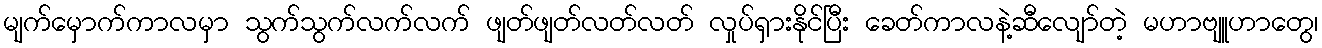
မျက်မှောက်ကာလမှာ သွက်သွက်လက်လက် ဖျတ်ဖျတ်လတ်လတ် လှုပ်ရှားနိုင်ပြီး ခေတ်ကာလနဲ့ဆီလျော်တဲ့ မဟာဗျူဟာတွေ၊